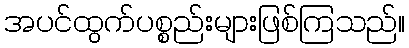
အပင်ထွက်ပစ္စည်းများဖြစ်ကြသည်။